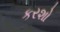
કરશો